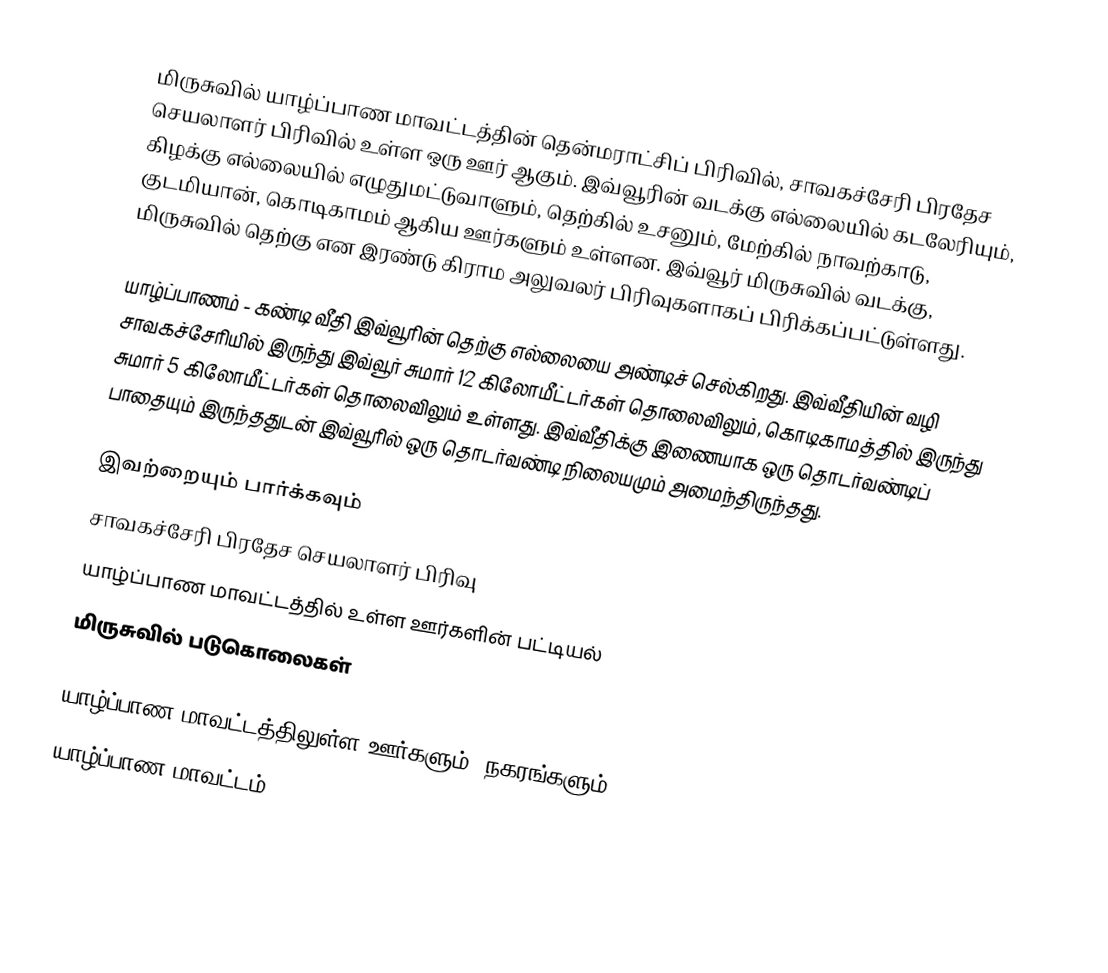
மிருசுவில் யாழ்ப்பாண மாவட்டத்தின் தென்மராட்சிப் பிரிவில், சாவகச்சேரி பிரதேச செயலாளர் பிரிவில் உள்ள ஒரு ஊர் ஆகும். இவ்வூரின் வடக்கு எல்லையில் கடலேரியும், கிழக்கு எல்லையில் எழுதுமட்டுவாளும், தெற்கில் உசனும், மேற்கில் நாவற்காடு, குடமியான், கொடிகாமம் ஆகிய ஊர்களும் உள்ளன. இவ்வூர் மிருசுவில் வடக்கு, மிருசுவில் தெற்கு என இரண்டு கிராம அலுவலர் பிரிவுகளாகப் பிரிக்கப்பட்டுள்ளது.

யாழ்ப்பாணம் - கண்டி வீதி இவ்வூரின் தெற்கு எல்லையை அண்டிச் செல்கிறது. இவ்வீதியின் வழி சாவகச்சேரியில் இருந்து இவ்வூர் சுமார் 12 கிலோமீட்டர்கள் தொலைவிலும், கொடிகாமத்தில் இருந்து சுமார் 5 கிலோமீட்டர்கள் தொலைவிலும் உள்ளது. இவ்வீதிக்கு இணையாக ஒரு தொடர்வண்டிப் பாதையும் இருந்ததுடன் இவ்வூரில் ஒரு தொடர்வண்டி நிலையமும் அமைந்திருந்தது.

இவற்றையும் பார்க்கவும்
 சாவகச்சேரி பிரதேச செயலாளர் பிரிவு
 யாழ்ப்பாண மாவட்டத்தில் உள்ள ஊர்களின் பட்டியல்
 மிருசுவில் படுகொலைகள்

யாழ்ப்பாண மாவட்டத்திலுள்ள ஊர்களும், நகரங்களும்
யாழ்ப்பாண மாவட்டம்